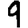
Digit: 9